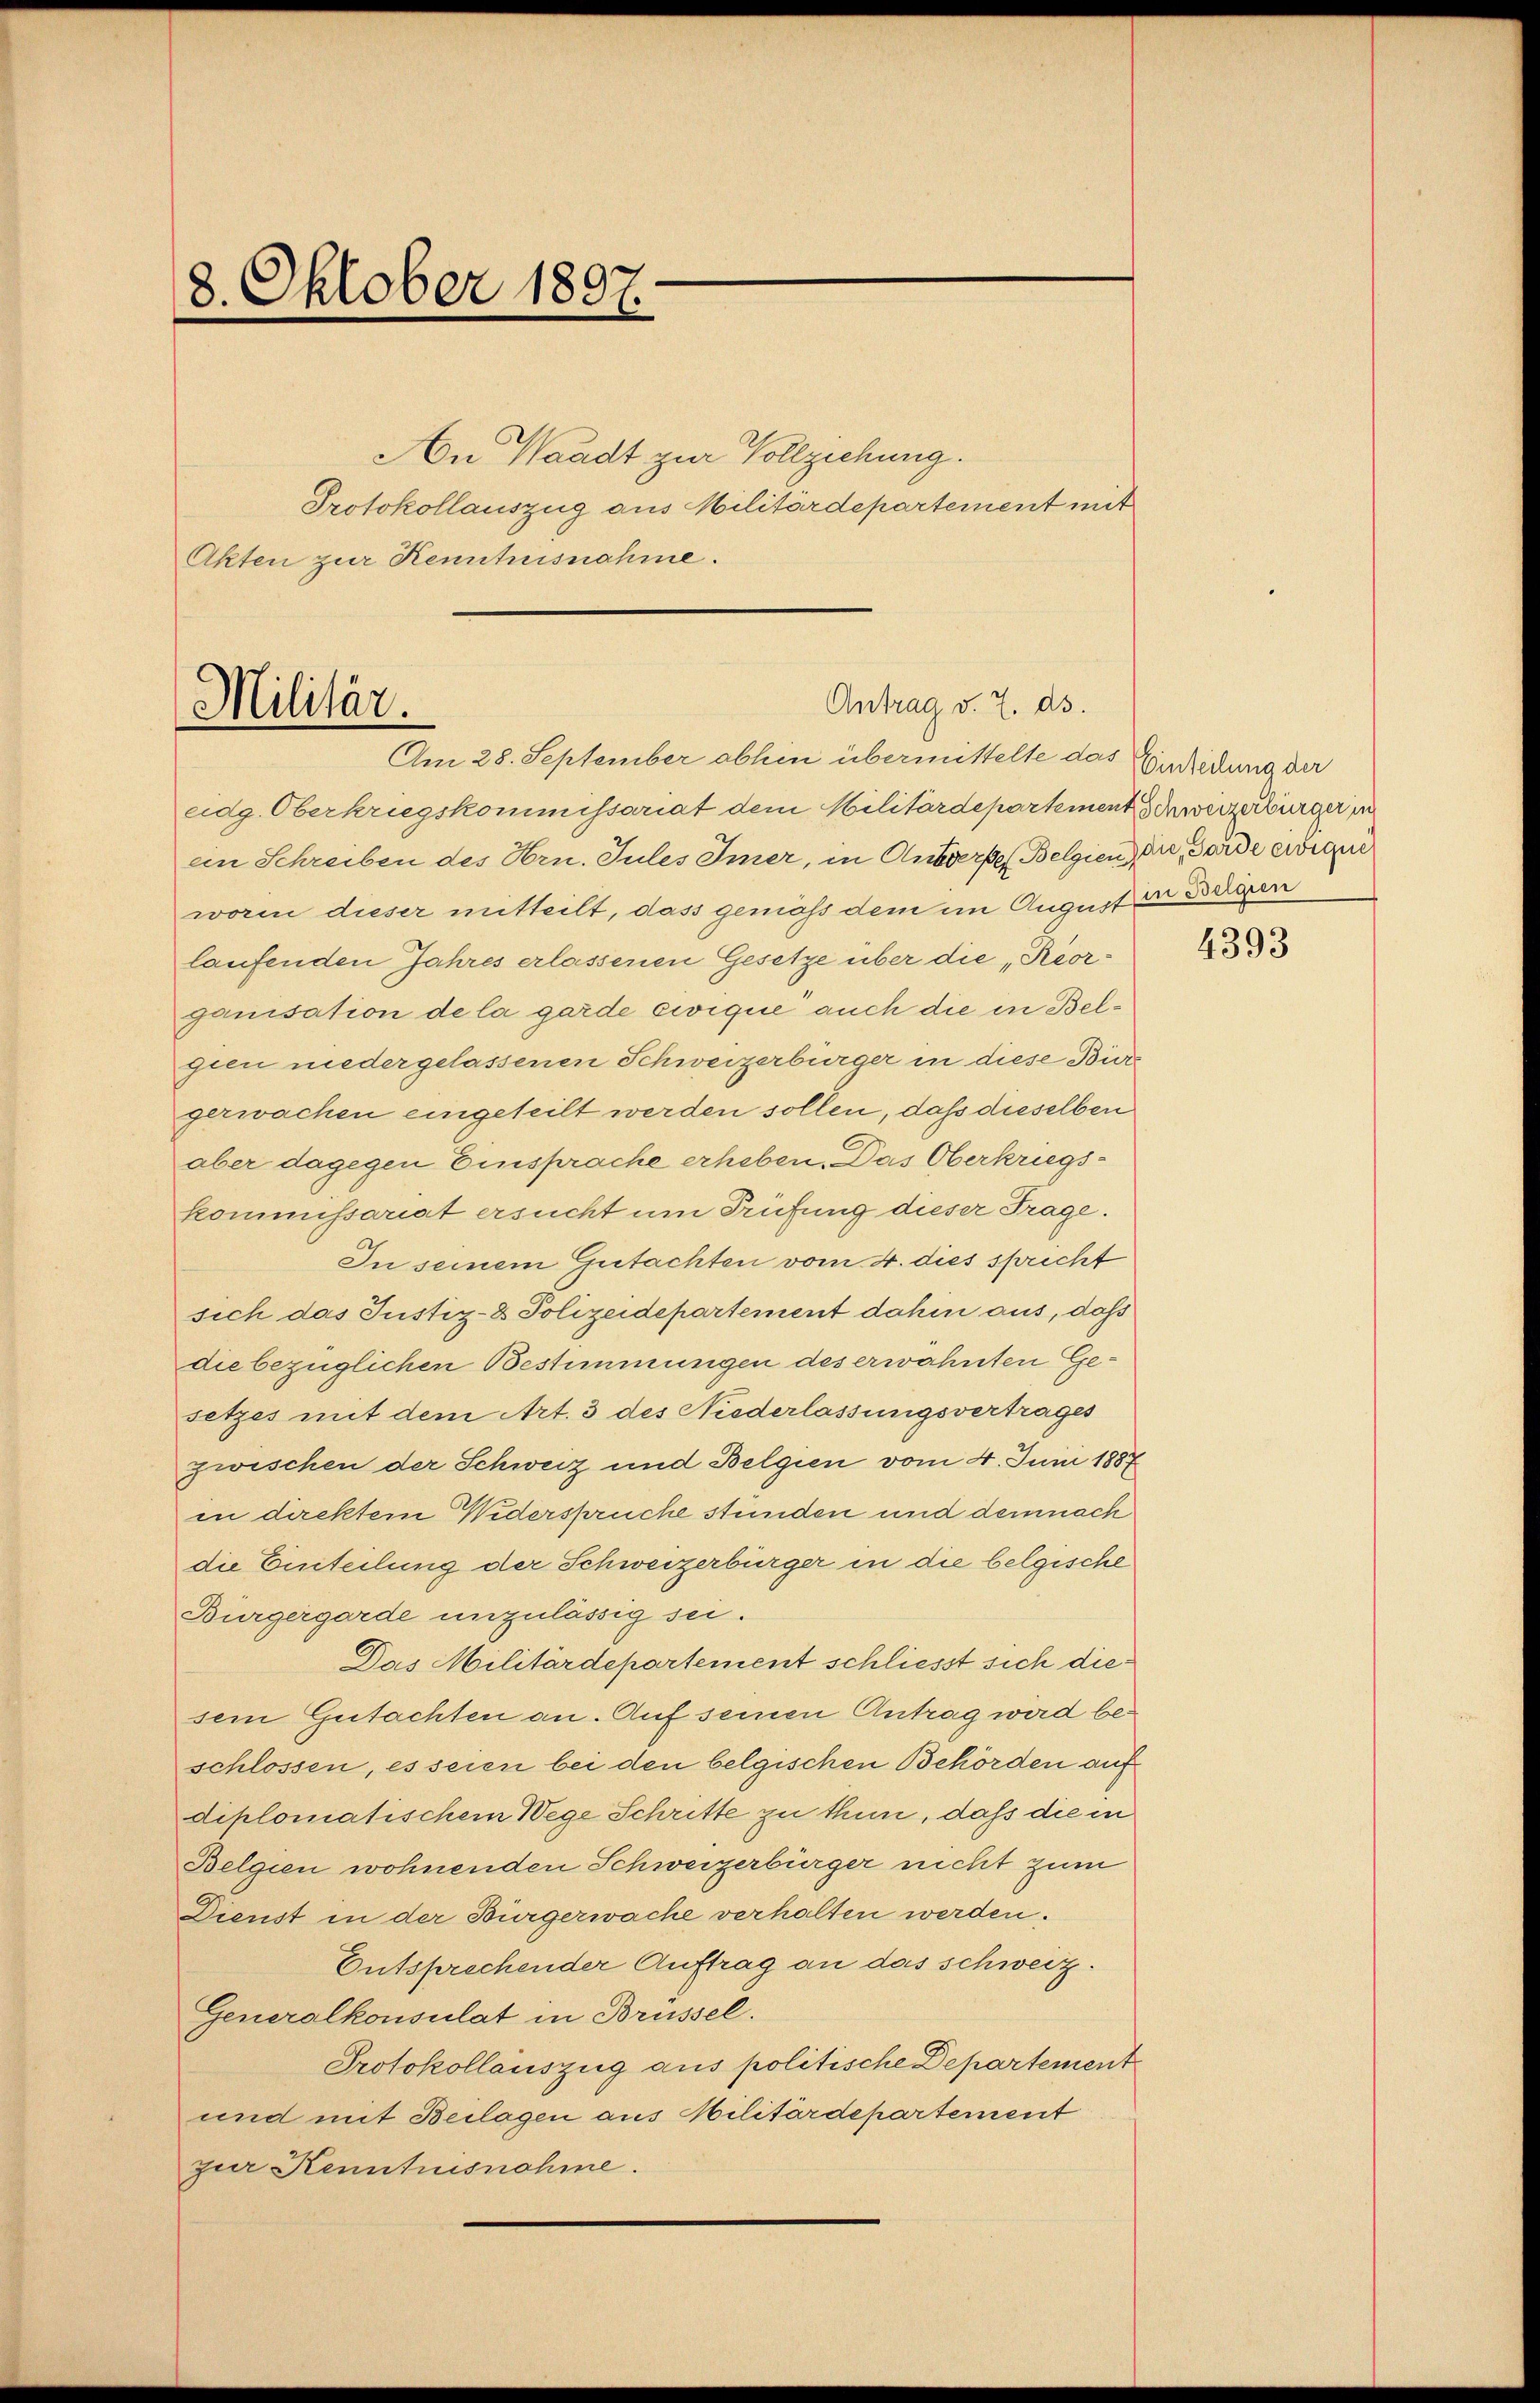
8. Oktober 1807.

An Waadt zur Vollziehung.
Protokollauszug aus Militärdepartement mit
Akten zur Kenntnisnahme.

Antrag v. 7. ds.
Militär.
Am 28. September abhen übermittelte das Endiedung der

eidg. Oberkriegskommissariat dem Militärdepartement Schweizerbürger i
ein Schreiben des Hrn. Jules Immer, in Anderses Belgien die, Forde ewigen
worin dieser mitteilt, dass geniess dem im August in Degen
laufenden Jahres erlassenen Gesetze über die „Reorganisation de la garde eiique auch die in Belgien niedergelassenen Schweizerbürger in diese Bür
gerwachen eingeteilt werden sollen, daß dieselben
aber dagegen Einsprache erheben. Das Oberkriegskommissariat ersucht um Prüfung dieser Frage.
In seinem Gutachten vom 4. dies sprecht
sich das Justiz- & Polizeidepartement dahin aus, daß
die bezüglichen Bestimmungen des erwähnten Gesetzes mit dem Art. 3 des Niederlassungsvertrages
zwischen der Schweiz und Belgien vom 4. Juni 1887
in direktem Widersprüche stunden und demnach
die Einteilung der Schweizerbürger in die belgische
Bürgergarde unzulässig sei.
Das Militärdepartement schliesst sich diesem Gutachten an. Auf seinen Antrag wird beschlossen, es seien bei den belgischen Behörden auf
diplomatischem Wege Schritte zu thun, daß die in
Belgien wohnenden Schweizerbürger nicht zum
Dienst in der Bürgerwache verhalten werden.
Entsprechender Auftrag an das schweiz.
Generalkonsulat in Brüssel.
Protokollauszug aus politische Departement
und mit Beilagen aus Militärdepartement
zur Kenntnisnahme.

4393